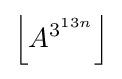
\left\lfloor A^{3^{13n}}\right\rfloor